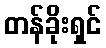
တန်ခိုးရှင်